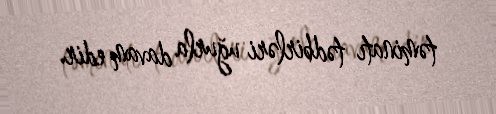
təminatı tədbirləri uğurla davam edir.